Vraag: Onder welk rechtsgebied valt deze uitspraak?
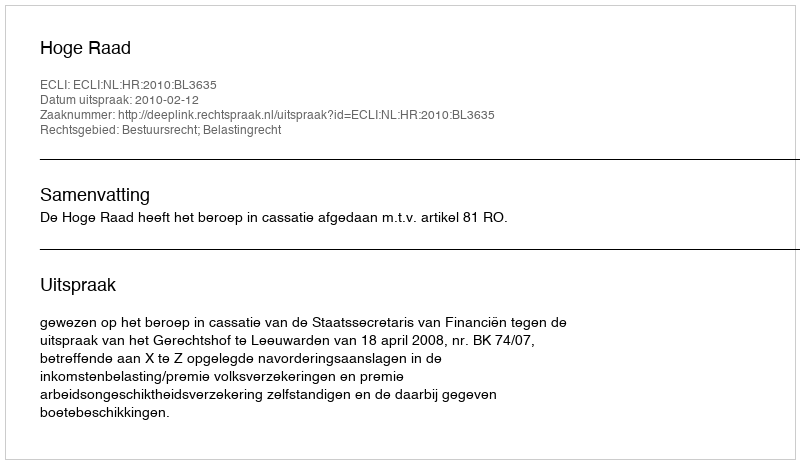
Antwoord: Bestuursrecht; Belastingrecht